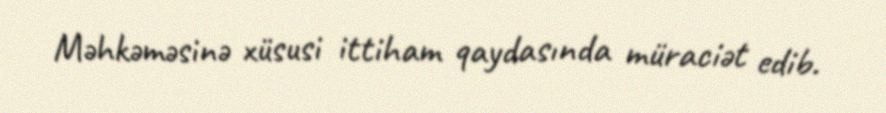
Məhkəməsinə xüsusi ittiham qaydasında müraciət edib.